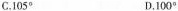
C.105° D.100°